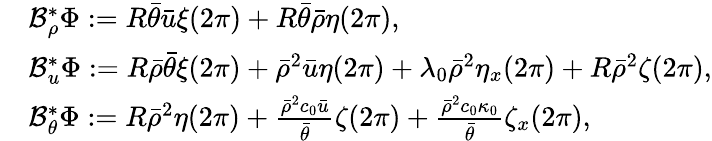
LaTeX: \begin{array}{rl}&{\mathcal{B}_{\rho}^{*}\Phi:=R\bar{\theta}\bar{u}\xi(2\pi)+R\bar{\theta}\bar{\rho}\eta(2\pi),}\\ &{\mathcal{B}_{u}^{*}\Phi:=R\bar{\rho}\bar{\theta}\xi(2\pi)+\bar{\rho}^{2}\bar{u}\eta(2\pi)+\lambda_{0}\bar{\rho}^{2}\eta_{x}(2\pi)+R\bar{\rho}^{2}\zeta(2\pi),}\\ &{\mathcal{B}_{\theta}^{*}\Phi:=R\bar{\rho}^{2}\eta(2\pi)+\frac{\bar{\rho}^{2}c_{0}\bar{u}}{\bar{\theta}}\zeta(2\pi)+\frac{\bar{\rho}^{2}c_{0}\kappa_{0}}{\bar{\theta}}\zeta_{x}(2\pi),}\end{array}